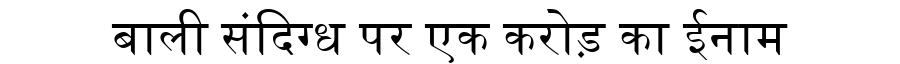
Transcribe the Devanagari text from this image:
बाली संदिग्ध पर एक करोड़ का ईनाम